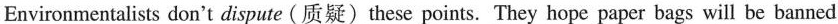
Environmentalists don't dispute (质疑) these points. They hope paper bags will be banned